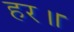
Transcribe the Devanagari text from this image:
हर॥